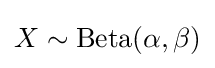
X\sim {\textrm {Beta}}(\alpha ,\beta )